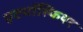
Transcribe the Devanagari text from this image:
एटमॉस्फियर